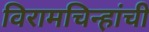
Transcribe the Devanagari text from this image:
विरामचिन्हांची